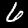
Label: 6